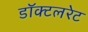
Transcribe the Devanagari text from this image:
डॉक्टलरेट